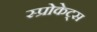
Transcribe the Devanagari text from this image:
स्प्रोकेट्स